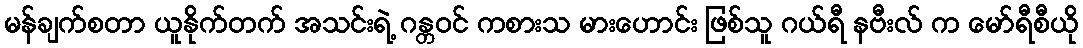
မန်ချက်စတာ ယူနိုက်တက် အသင်းရဲ့ ဂန္တဝင် ကစားသ မားဟောင်း ဖြစ်သူ ဂယ်ရီ နဗီးလ် က မော်ရီစီယို